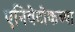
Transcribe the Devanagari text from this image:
एनिवेटोकच्या